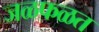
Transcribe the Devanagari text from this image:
जळफळत